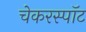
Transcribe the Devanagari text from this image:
चेकरस्पॉट